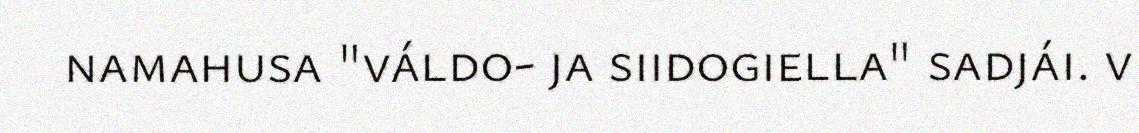
namahusa "váldo- ja siidogiella" sadjái. v